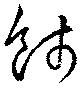
餞